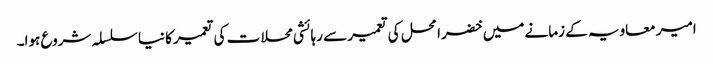
امیر معاویہ کے زمانے میں خضرا محل کی تعمیر سے رہائشی محلات کی تعمیر کا نیا سلسلہ شروع ہوا۔